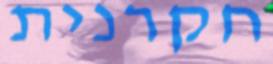
חקרנית